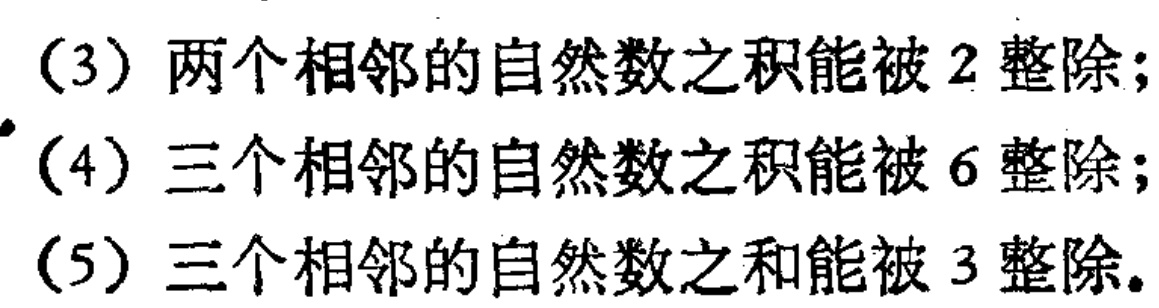
(3) 两个相邻的自然数之积能被 2 整除;

(4) 三个相邻的自然数之积能被 6 整除;

(5) 三个相邻的自然数之和能被 3 整除.